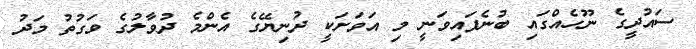
ސައުދީގެ ނޫހެއްގައި ބުނެފައިވަނީ މި އަވަށަކީ ދުނިޔޭގެ އެންމެ ދުވާލުގެ ވަގުތު މަދު